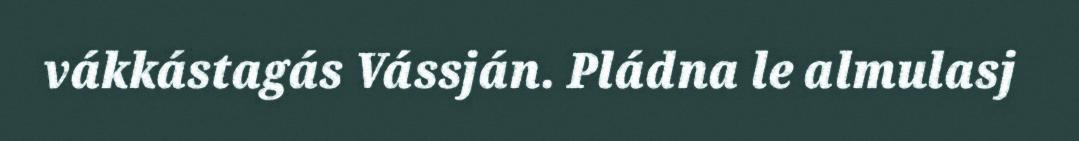
vákkástagás Vássján. Pládna le almulasj